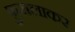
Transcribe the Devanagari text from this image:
फ़ुसलाकर